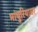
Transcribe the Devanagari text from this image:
मांचुरियावर